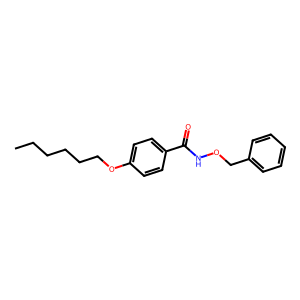
SMILES: CCCCCCOc1ccc(C(=O)NOCc2ccccc2)cc1
Inhibits HIV replication: No